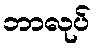
ဘာလုပ်